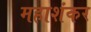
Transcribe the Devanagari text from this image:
महाशंकर